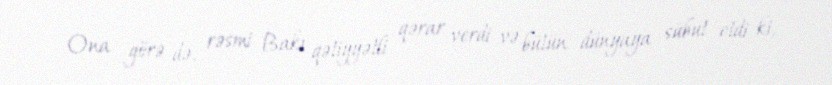
Ona görə də, rəsmi Bakı qətiyyətli qərar verdi və bütün dünyaya sübut etdi ki,